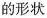
的形状